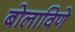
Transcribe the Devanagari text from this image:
बोलाविणे